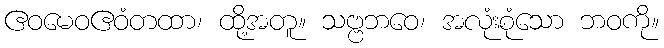
ဧဝမေဝဧဝံတထာ၊ ထို့အတူ။ သဗ္ဗဘဝေ၊ အလုံးစုံသော ဘဝကို။